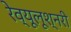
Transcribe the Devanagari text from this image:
रेव्यूलूश्नरी